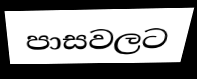
පාසවලට